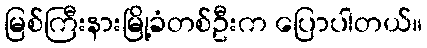
မြစ်ကြီးနားမြို့ခံတစ်ဦးက ပြောပါတယ်။